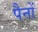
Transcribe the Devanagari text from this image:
पैनों